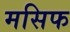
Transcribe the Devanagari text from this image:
मसिफ